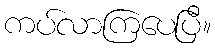
ကပ်လာကြပေပြီ။